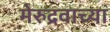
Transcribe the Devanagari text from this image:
मेरुद्रवाच्या